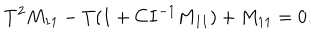
LaTeX: T ^ { 2 } M _ { 1 1 } - T ( 1 + C I ^ { - 1 } M _ { 1 1 } ) + M _ { 1 1 } = 0 .